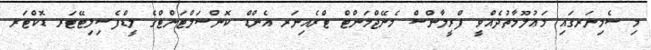
މި ސެމިނަރގައި މަޢުލޫމާތުދެއްވީ ފްރީލާންސް މެނޭޖްމަންޓް ޓްރެއިނަރ އެންޑް ކޮންސަލްޓަންޓްގެ ލީޑްފެސިލިޓޭޓަރ ޑޮކްޓަރ